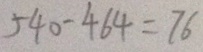
5 4 0 - 4 6 4 = 7 6